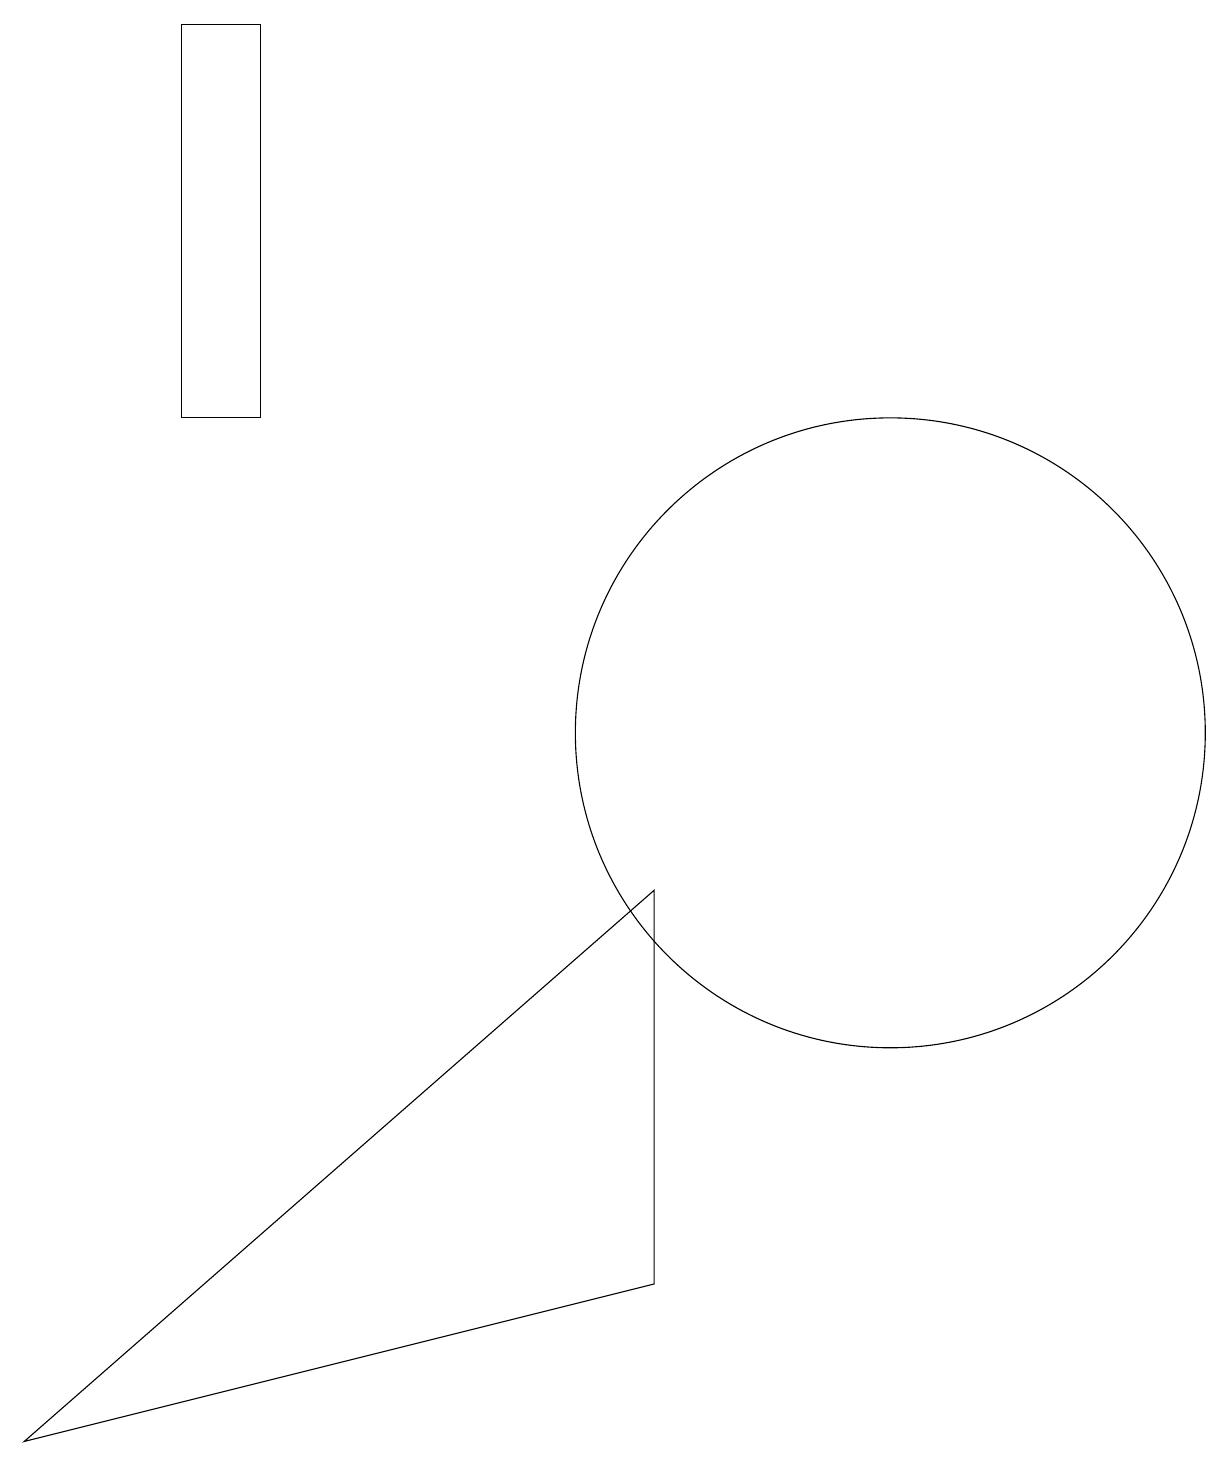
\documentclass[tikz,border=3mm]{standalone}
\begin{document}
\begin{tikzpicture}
\draw (11,10) circle (4);
\draw (8,3) -- (0,1) -- (8,8) -- cycle;
\draw (3,14) rectangle (2,19);
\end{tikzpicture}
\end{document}